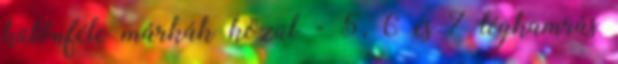
különféle márkák közül - 5, 6 és 7 légkamrás